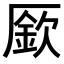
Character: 𠪢